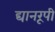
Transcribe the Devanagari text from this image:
द्यानरूपी